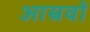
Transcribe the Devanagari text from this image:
आस्रवों